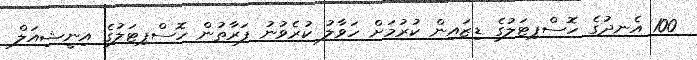
100 އެނދުގެ ހޮސްޕިޓަލުގެ ޑިޒައިން ކުރުމަށް ހަވާލު ކުރެވުނު ފަރާތުން ހޮސްޕިޓަލުގެ އިނީޝިއަލް